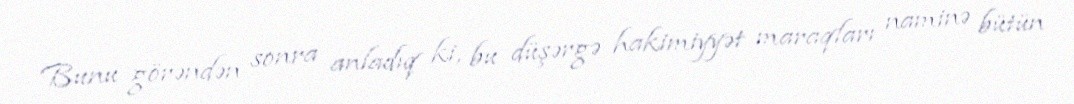
Bunu görəndən sonra anladıq ki, bu düşərgə hakimiyyət maraqları naminə bütün